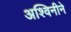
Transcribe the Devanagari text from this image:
अश्विनीने